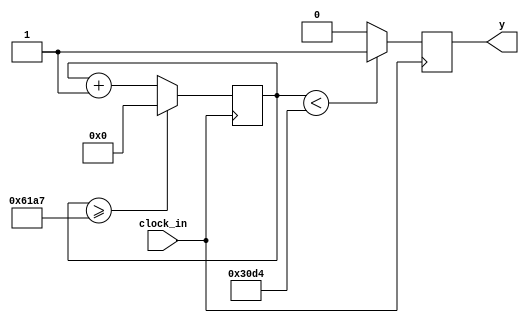
`timescale 1ns / 1ps
//////////////////////////////////////////////////////////////////////////////////
// Company: 
// Engineer: 
// 
// Design Name: 
// Module Name:    frecuenciaDisplay 
// Project Name: 
// Target Devices: 
// Tool versions: 
// Description: 
//
// Dependencies: 
//
// Revision: 
// Revision 0.01 - File Created
// Additional Comments: 
//
//////////////////////////////////////////////////////////////////////////////////
module frecuenciaDisplay(clock_in,y);
input clock_in;
output reg y;
reg [17:0]z=18'd0;
parameter w=18'd25000;

always@(posedge clock_in)
begin
z<=z+18'd1;
if(z>=(w-1))
z<=18'd0;
y<=(z<w/2)?1'b1:1'b0;
end


endmodule